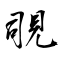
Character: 覗